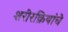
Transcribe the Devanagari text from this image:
शरीरक्रियांचे